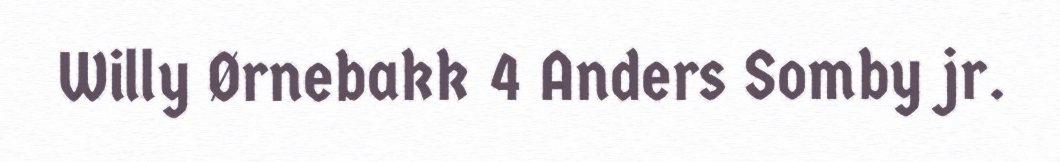
Willy Ørnebakk 4 Anders Somby jr.